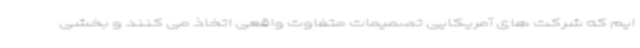
ایم که شرکت های آمریکایی تصمیمات متفاوت واقعی اتخاذ می کنند و بخشی